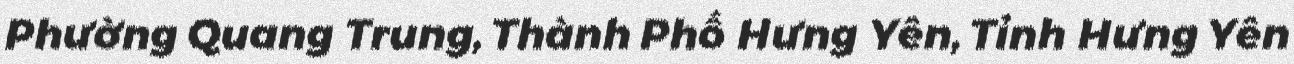
Phường Quang Trung, Thành Phố Hưng Yên, Tỉnh Hưng Yên